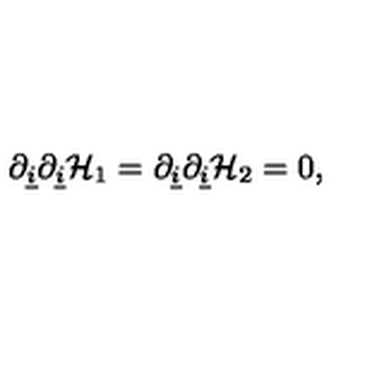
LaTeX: \partial _ { \underline { { i } } } \partial _ { \underline { { i } } } { \cal H } _ { 1 } = \partial _ { \underline { { i } } } \partial _ { \underline { { i } } } { \cal H } _ { 2 } = 0 ,